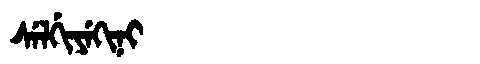
Manchu: ᠰᡝᠯᡤᡳᠶᡝᡴᡳᠨᡳ
Romanization: SELGIYEKINI